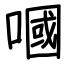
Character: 嘓